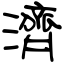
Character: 濟